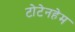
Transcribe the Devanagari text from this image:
टोटेनहेम